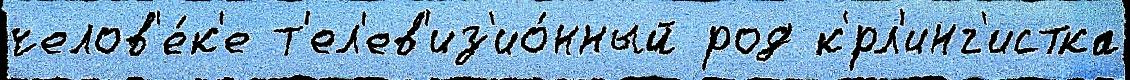
челов'е́к'е т'ел'ев'из'ио́нный род к'́рл'инг'истка